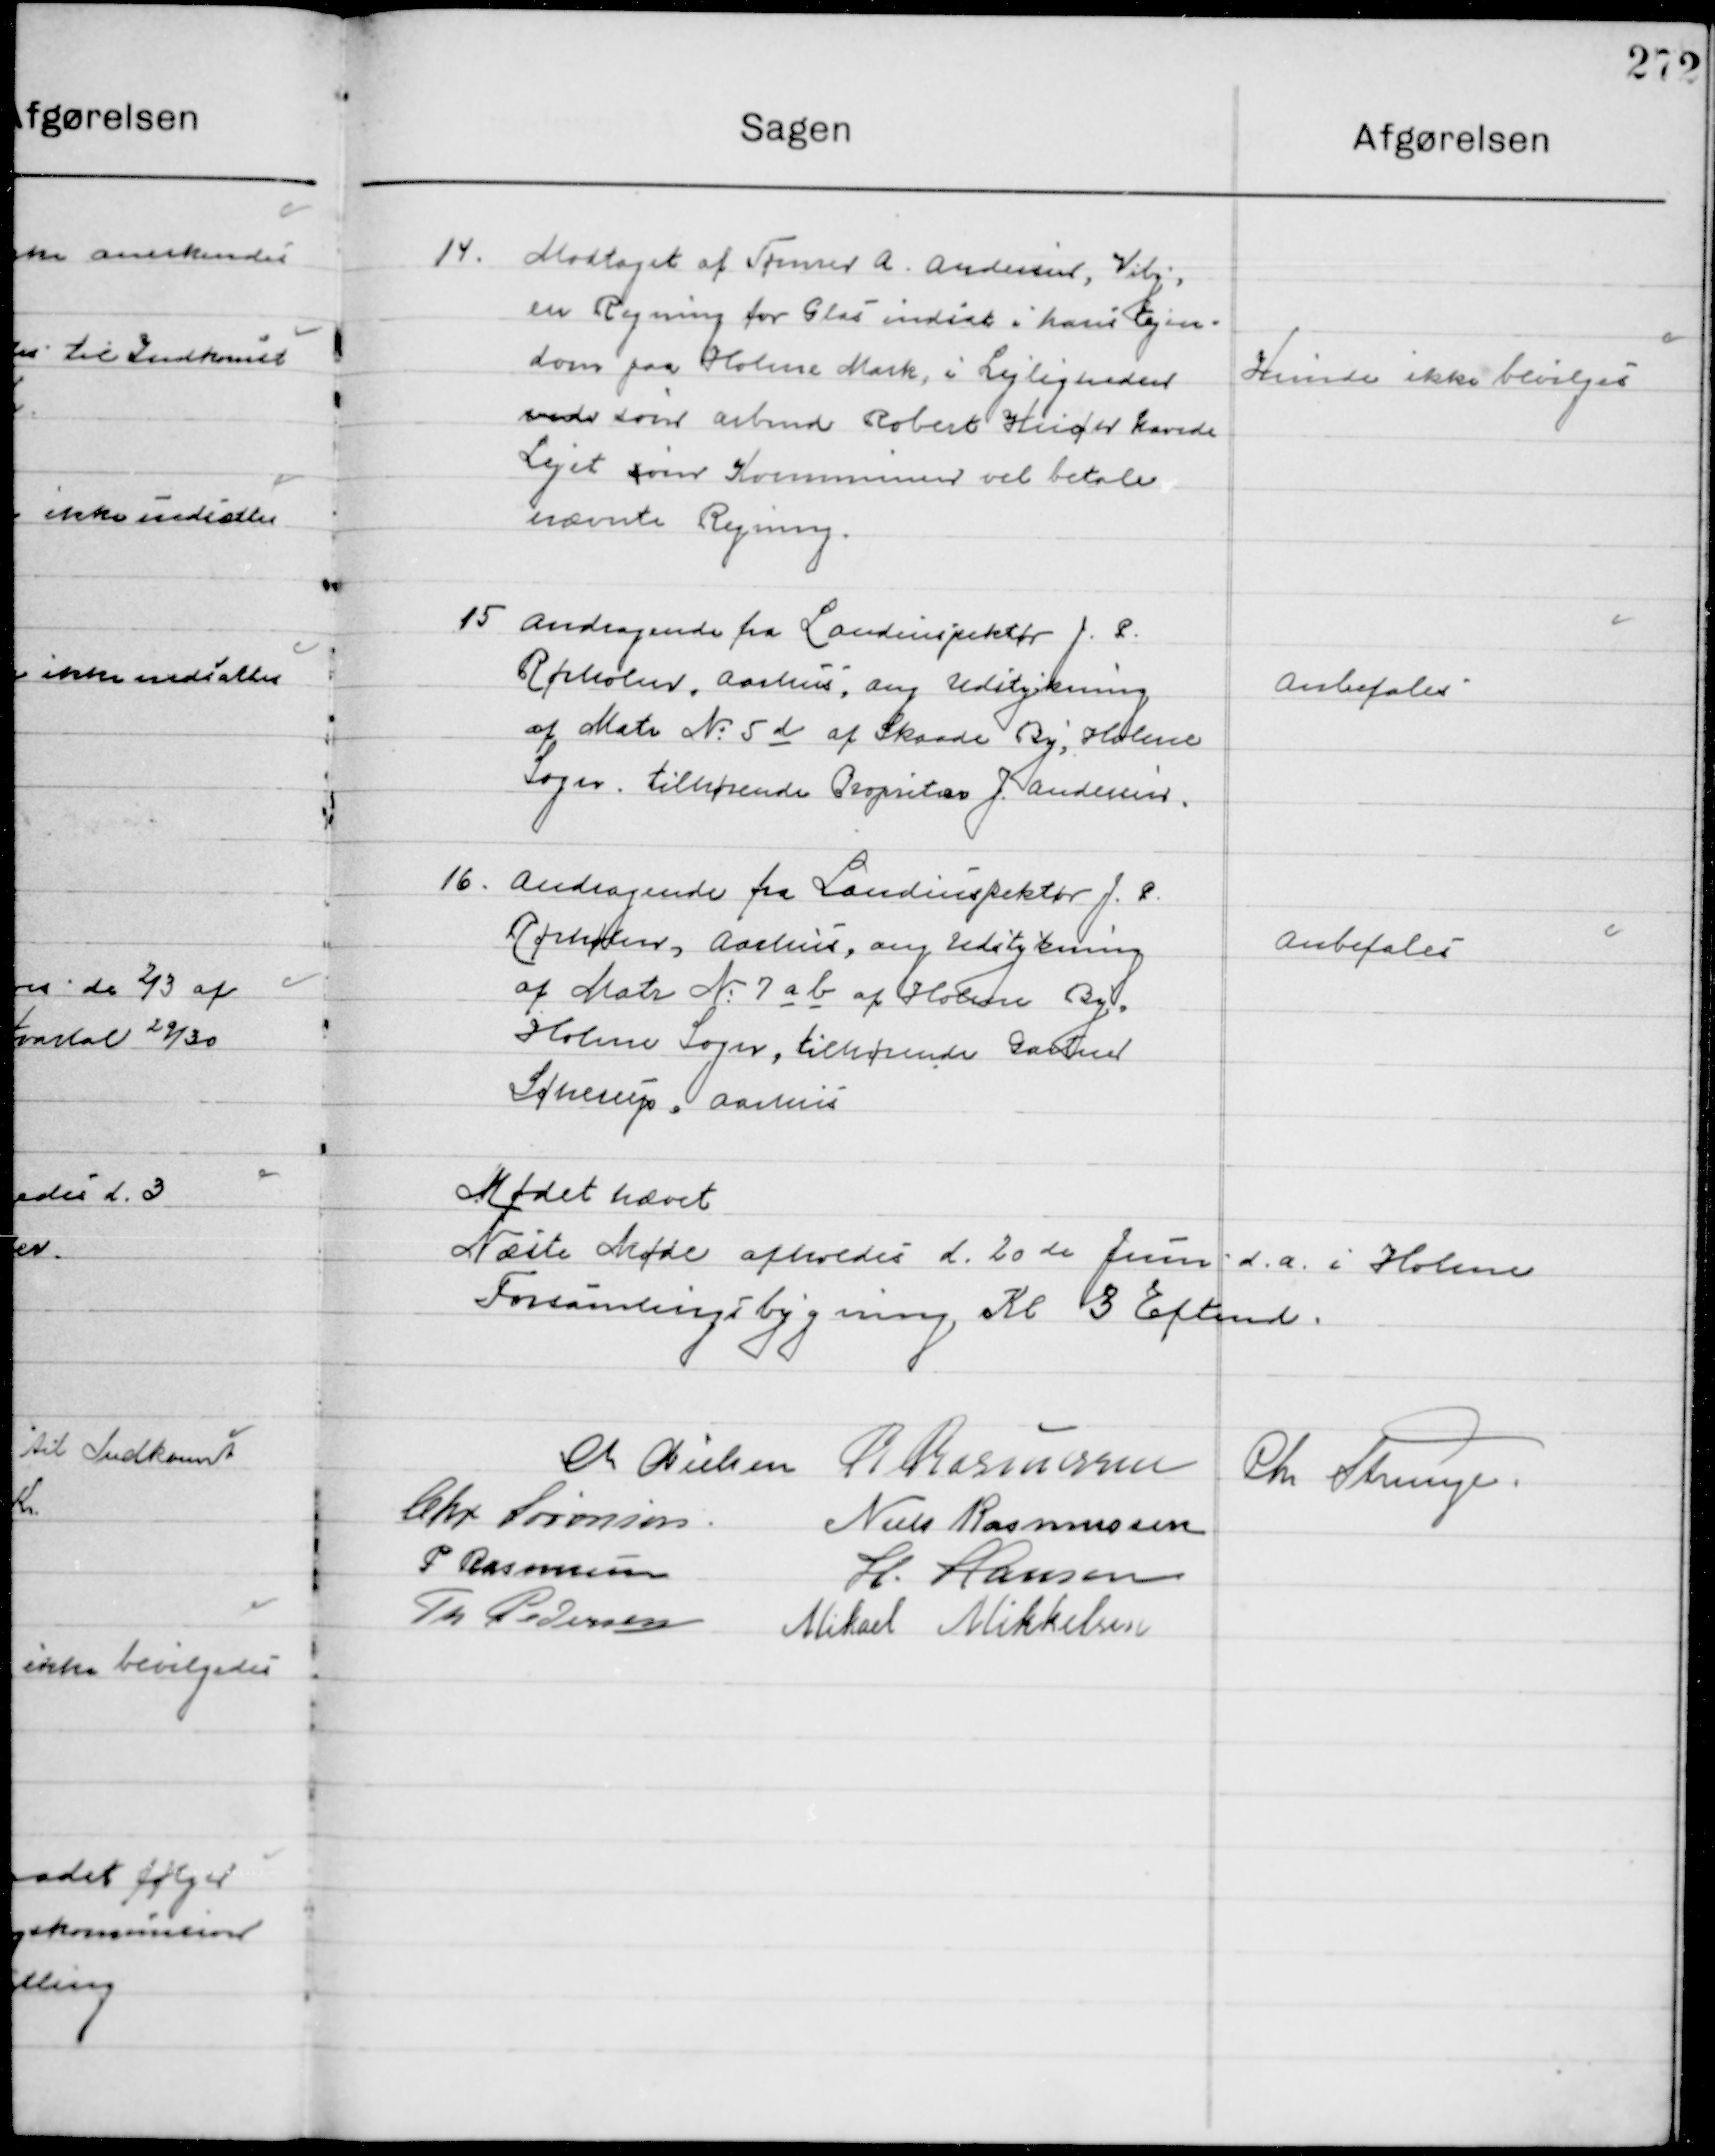
Transskription:
14

Modtaget af Tømrer A. Andersen, Viby,
en Regning for glas indsat i hans Ejen-
Dom paa Holme Mark, i Lejligheden
Vedr. som Arbmd. Robert Kuch havde
Lejet om Kommunen vil betale 	
nævnte Regning.

Kunde ikke bevilges

15

Andragende fra Landinspektør J. P.
Rørholm, Aarhus ang. Udstykning
af Matr. Nr. 5 d af Skaade By, Holme
Sogn. Tilhørende Proprietær J. Andersen

Anbefales

16

Andragende fra Landinspektør J. P.
Rørholm, Aarhus ang. Udstykning
af Matr. Nr. 7 a b af Holme By
Holme Sogn, tilhørende Gartner
Søherup, Aarhus

Anbefales

Mødet hævet
Næste Møde afholdes d. 20de Juni d. A. i  Holme 
Forsamlingsbygning Kl. 3 Efmd.

M. Nielsen
R. Rasmussen
Chr. Strunge
Chr. Sørensen
Niels Rasmussen
P. Rasmussen
H. Hansen
Th. Pedersen
Mikael Mikkelsen